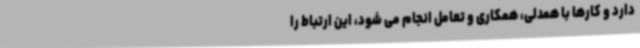
دارد و کارها با همدلی، همکاری و تعامل انجام می شود، این ارتباط را